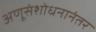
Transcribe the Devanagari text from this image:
अणूसंशोधनानंतर